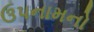
ઉપનામનો